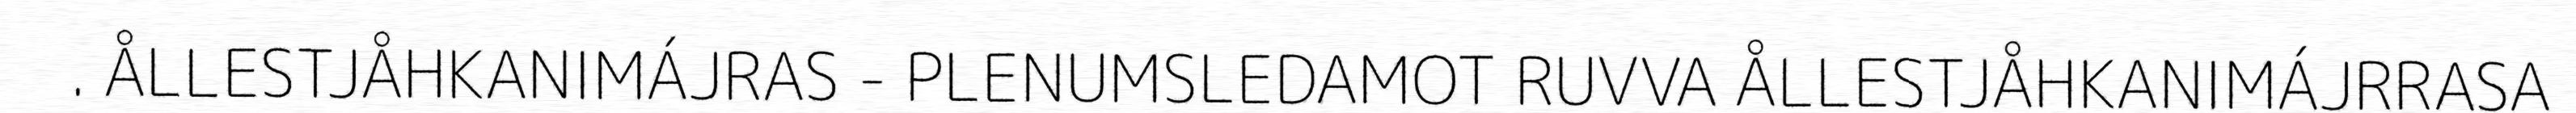
. ÅLLESTJÅHKANIMÁJRAS - PLENUMSLEDAMOT RUVVA ÅLLESTJÅHKANIMÁJRRASA